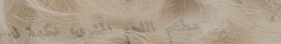
مطعم اللحم المشوي، نكهة ل